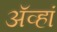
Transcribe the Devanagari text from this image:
अॅव्हां